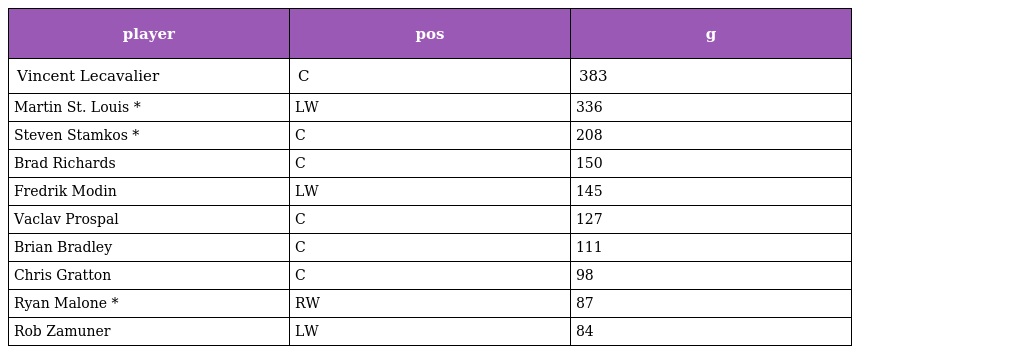
| player | pos | g |
 | --- | --- | --- |
 | Vincent Lecavalier | C | 383 |
 | Martin St. Louis * | LW | 336 |
 | Steven Stamkos * | C | 208 |
 | Brad Richards | C | 150 |
 | Fredrik Modin | LW | 145 |
 | Vaclav Prospal | C | 127 |
 | Brian Bradley | C | 111 |
 | Chris Gratton | C | 98 |
 | Ryan Malone * | RW | 87 |
 | Rob Zamuner | LW | 84 |